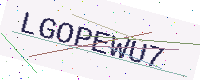
Text: LGOPEWU7